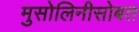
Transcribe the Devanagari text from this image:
मुसोलिनीसोबत